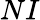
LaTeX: NI